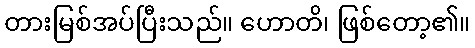
တားမြစ်အပ်ပြီးသည်။ ဟောတိ၊ ဖြစ်တော့၏။